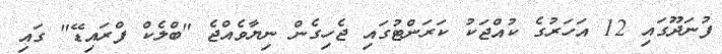
ފުނަދޫގައި 12 އަހަރުގެ ކުއްޖަކު ކަރަންޓުގައި ޖެހިގެން ނިޔާވެއްޖެ "ބްލެކް ފްރައިޑޭ" ގައި